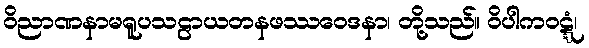
ဝိညာဏနာမရူပသဠာယတနဖဿဝေဒနာ၊ တို့သည်။ ဝိပါကဝဋ္ဋံ၊